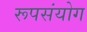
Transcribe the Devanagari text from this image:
रूपसंयोग